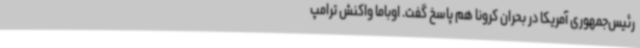
رئیس‌جمهوری آمریکا در بحران کرونا هم پاسخ گفت. اوباما واکنش ترامپ